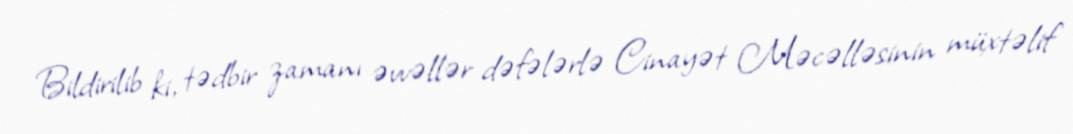
Bildirilib ki, tədbir zamanı əvvəllər dəfələrlə Cinayət Məcəlləsinin müxtəlif